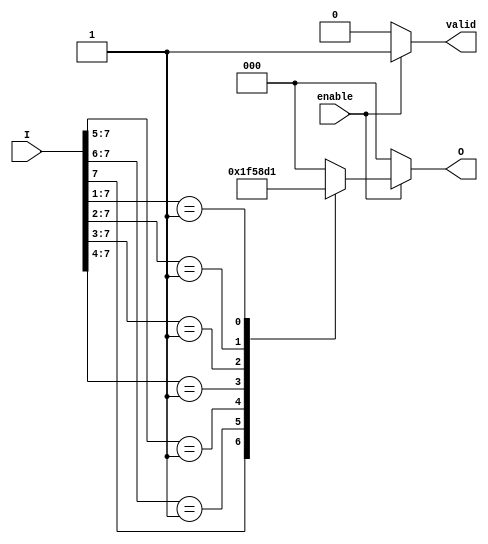
module encoder_8_to_3 (
    input wire [7:0] I,      // 8 input lines
    input wire enable,       // Enable signal
    output reg [2:0] O,      // 3 output lines
    output reg valid         // Valid signal to indicate if the output is valid
);

    always @(*) begin
        if (!enable) begin
            O = 3'b000;      // If not enabled, output is 000
            valid = 1'b0;    // Output is not valid
        end else begin
            valid = 1'b1;     // Output is valid
            casez (I)         // Use casez to handle don't care conditions
                8'b1??????? : O = 3'b111; // I7 is active
                8'b01?????? : O = 3'b110; // I6 is active
                8'b001????? : O = 3'b101; // I5 is active
                8'b0001???? : O = 3'b100; // I4 is active
                8'b00001??? : O = 3'b011; // I3 is active
                8'b000001?? : O = 3'b010; // I2 is active
                8'b0000001? : O = 3'b001; // I1 is active
                8'b00000001 : O = 3'b000; // I0 is active
                default:      O = 3'b000; // If no inputs are active, output is 000
            endcase
        end
    end

endmodule